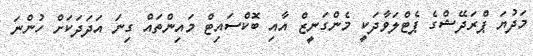
މަދުޔަ ޕްރަދޭޝްގެ ޕެޓްލަވާދަކީ މެންގަނީޒް އާއި ބޮކްސައިޓް މައިންތައް ގިނަ އަދަދަކަށް ހުންނަ